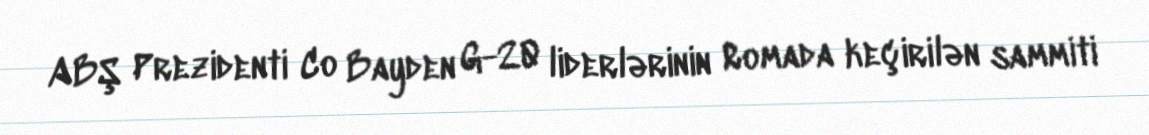
ABŞ Prezidenti Co Bayden G-20 liderlərinin Romada keçirilən sammiti